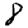
Digit: 8